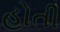
હોતી